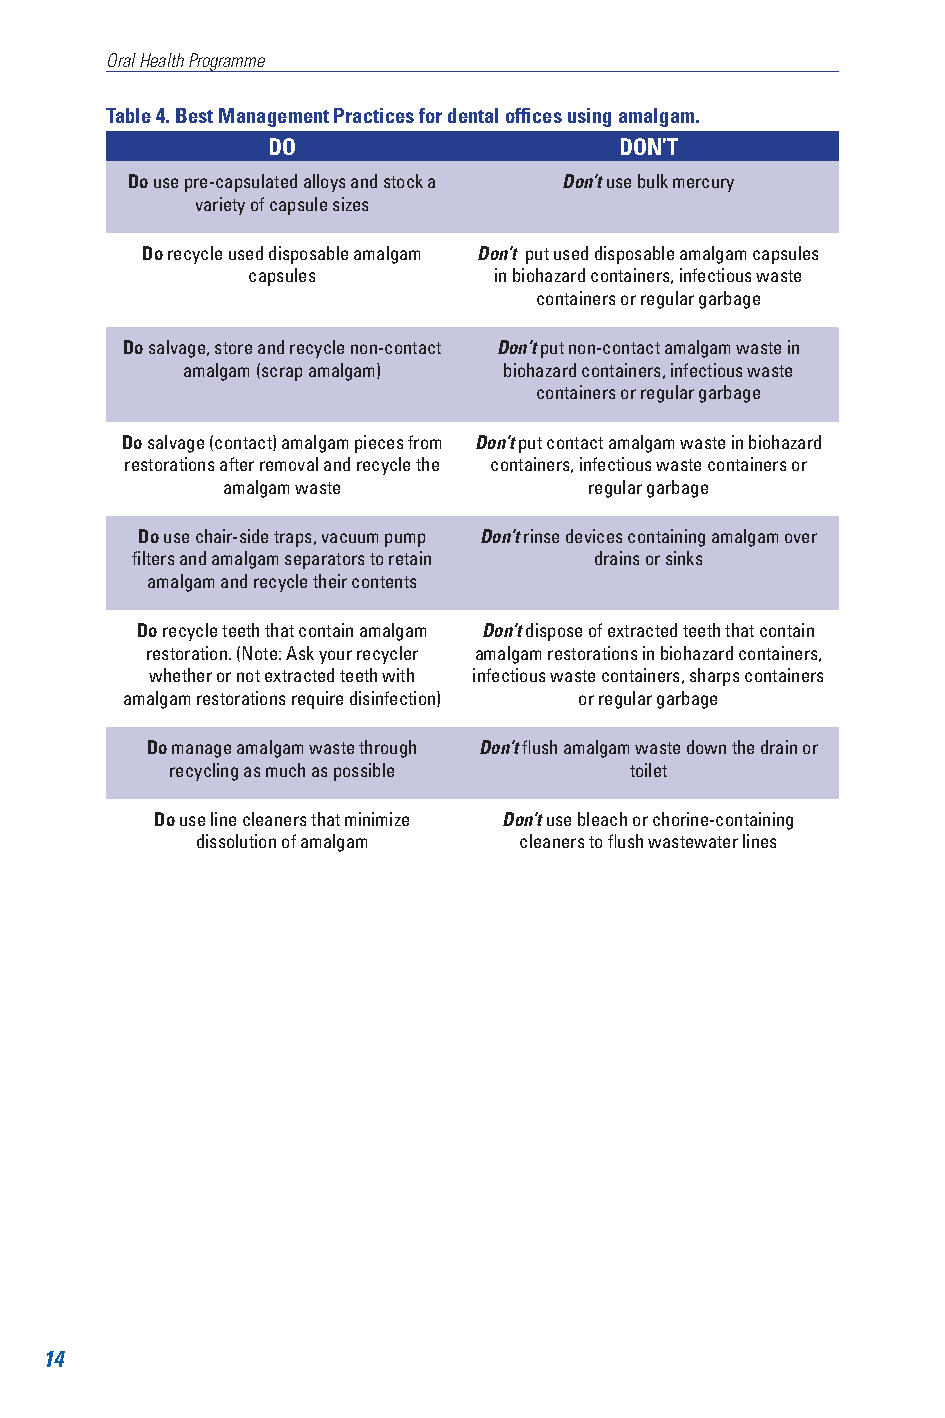
Oral Health Programme
 Table 4. Best Management Practices for dental offices using amalgam.
 DO                     DON’T
 Do use pre-capsulated alloys and stock a Don’t use bulk mercury
 variety of capsule sizes
 Do recycle used disposable amalgam Don’t put used disposable amalgam capsules
 capsules         in biohazard containers, infectious waste
 containers or regular garbage
 Do salvage, store and recycle non-contact Don’t put non-contact amalgam waste in
 amalgam (scrap amalgam) biohazard containers, infectious waste
 containers or regular garbage
 Do salvage (contact) amalgam pieces from Don’t put contact amalgam waste in biohazard
 restorations after removal and recycle the containers, infectious waste containers or
 amalgam waste           regular garbage
 Do use chair-side traps, vacuum pump Don’t rinse devices containing amalgam over
 filters and amalgam separators to retain drains or sinks
 amalgam and recycle their contents
 Do recycle teeth that contain amalgam Don’t dispose of extracted teeth that contain
 restoration. (Note: Ask your recycler amalgam restorations in biohazard containers,
 whether or not extracted teeth with infectious waste containers, sharps containers
 amalgam restorations require disinfection) or regular garbage
 Do manage amalgam waste through Don’t flush amalgam waste down the drain or
 recycling as much as possible  toilet
 Do use line cleaners that minimize Don’t use bleach or chorine-containing
 dissolution of amalgam cleaners to flush wastewater lines
 14